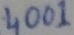
Text: 4001